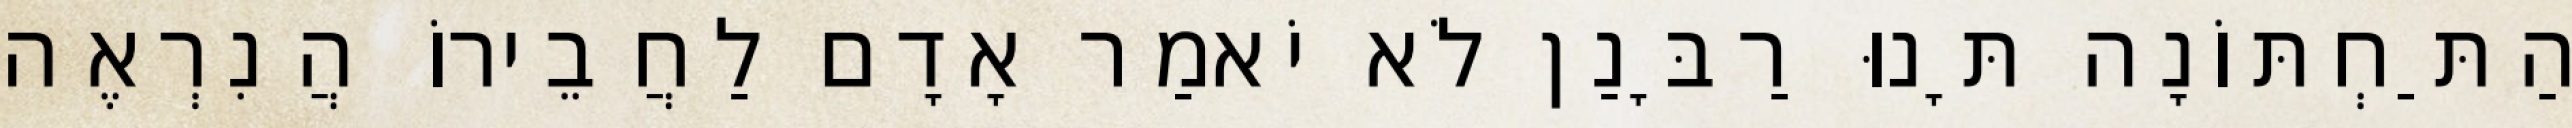
הַתַּחְתּוֹנָה תָּנוּ רַבָּנַן לֹא יֹאמַר אָדָם לַחֲבֵירוֹ הֲנִרְאֶה